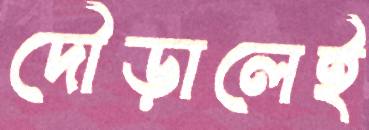
দৌড়ালেই